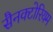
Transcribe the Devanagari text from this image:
सैनक्टोरियम